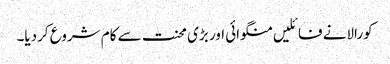
کورالانے فائلیں منگوائی اور بڑی محنت سے کام شروع کردیا۔